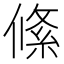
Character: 絛